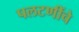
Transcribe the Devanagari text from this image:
पलटणींचे